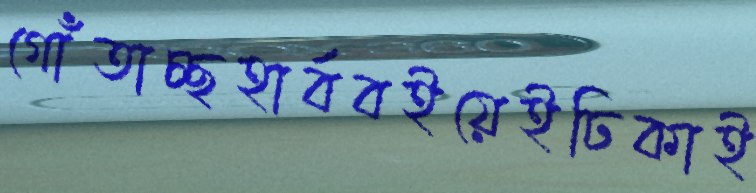
গোঁতাচ্ছহার্ববইয়েইঢিকাই